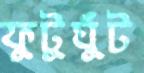
ফুটুঘুঁট